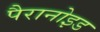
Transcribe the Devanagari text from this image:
पैरानोइड